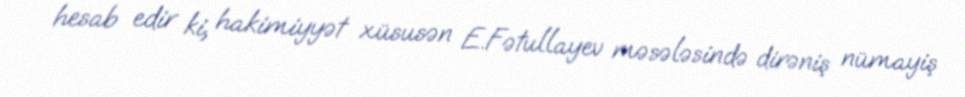
hesab edir ki, hakimiyyət xüsusən E.Fətullayev məsələsində dirəniş nümayiş